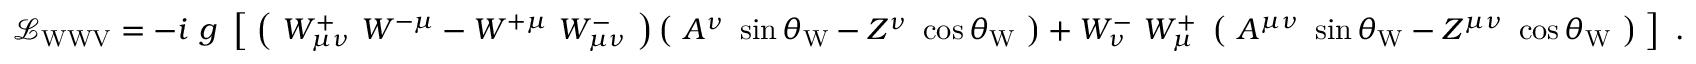
{ \mathcal { L } } _ { \mathrm { W W V } } = - i \ g \ \left[ \; \left( \ W _ { \mu \nu } ^ { + } \ W ^ { - \mu } - W ^ { + \mu } \ W _ { \mu \nu } ^ { - } \ \right) \left( \ A ^ { \nu } \ \sin \theta _ { \mathrm { W } } - Z ^ { \nu } \ \cos \theta _ { \mathrm { W } } \ \right) + W _ { \nu } ^ { - } \ W _ { \mu } ^ { + } \ \left( \ A ^ { \mu \nu } \ \sin \theta _ { \mathrm { W } } - Z ^ { \mu \nu } \ \cos \theta _ { \mathrm { W } } \ \right) \; \right] ~ .